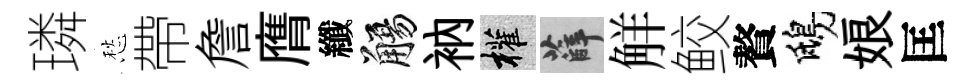
璘愁帶詹膺纖觴衲權薛觧鲛贅鴟娘匡